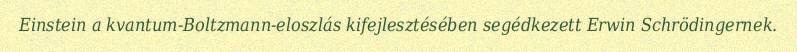
Einstein a kvantum-Boltzmann-eloszlás kifejlesztésében segédkezett Erwin Schrödingernek.